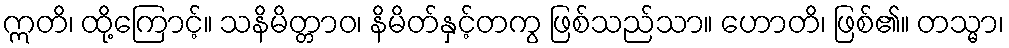
ဣတိ၊ ထို့ကြောင့်။ သနိမိတ္တာဝ၊ နိမိတ်နှင့်တကွ ဖြစ်သည်သာ။ ဟောတိ၊ ဖြစ်၏။ တသ္မာ၊